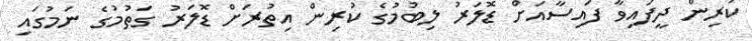
ކުރިން ދީފައިވާ ފައިސާއަށް ޑޮލަރު ލިބުމުގެ ކުރިން އިތުރަށް ޑޮލަރު ގަތުމުގެ ނަމުގައި